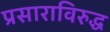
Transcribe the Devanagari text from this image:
प्रसाराविरुद्ध